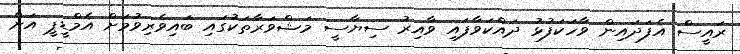
ރައީސް އެފަދައިން ވާހަކަފުޅު ދައްކަވާފައި ވާއިރު ސިޔާސީ މަޝްވަރާތަކުގައި ބައިވެރިވުމަށް އެމްޑީޕީ އަށް